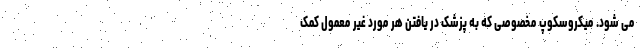
می شود. میکروسکوپ مخصوصی که به پزشک در یافتن هر مورد غیر معمول کمک